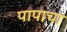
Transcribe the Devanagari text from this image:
पापाचा